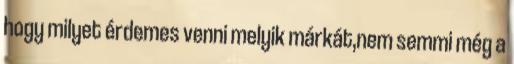
hogy milyet érdemes venni melyik márkát,nem semmi még a